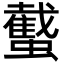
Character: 䘁